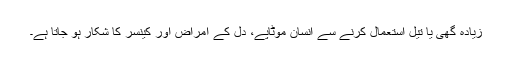
زیادہ گھی یا تیل استعمال کرنے سے انسان موٹاپے، دل کے امراض اور کینسر کا شکار ہو جاتا ہے۔